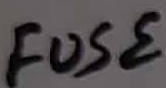
Text: FUSE